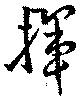
揮